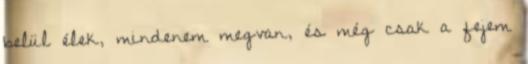
belül élek, mindenem megvan, és még csak a fejem